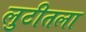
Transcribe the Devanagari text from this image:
लुटीतला